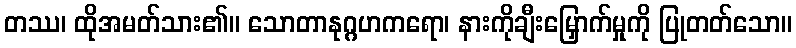
တဿ၊ ထိုအမတ်သား၏။ သောတာနုဂ္ဂဟကရော၊ နားကိုချီးမြှောက်မှုကို ပြုတတ်သော။